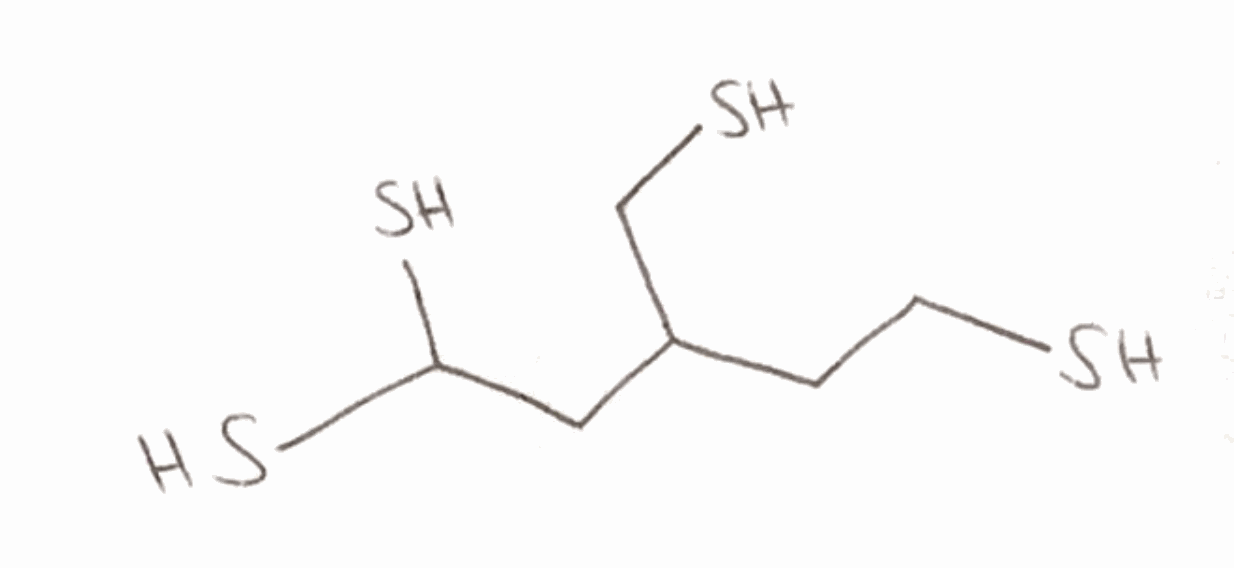
Simplified molecular-input line-entry system (SMILES) notation of the given molecule:
C(CS)C(CC(S)S)CS